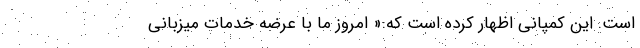
است. این کمپانی اظهار کرده است که:« امروز ما با عرضه خدمات میزبانی